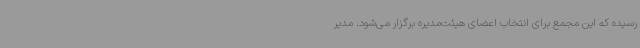
رسیده که این مجمع برای انتخاب اعضای هیئت‌مدیره برگزار می‌شود. مدیر